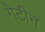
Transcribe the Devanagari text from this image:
गेटीन